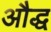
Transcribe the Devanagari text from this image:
औद्ध